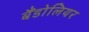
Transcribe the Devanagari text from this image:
बैंडोलियर